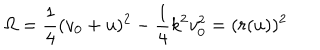
\Omega = \frac { 1 } { 4 } ( v _ { 0 } + u ) ^ { 2 } - \frac { 1 } { 4 } k ^ { 2 } v _ { 0 } ^ { 2 } = ( r ( u ) ) ^ { 2 }